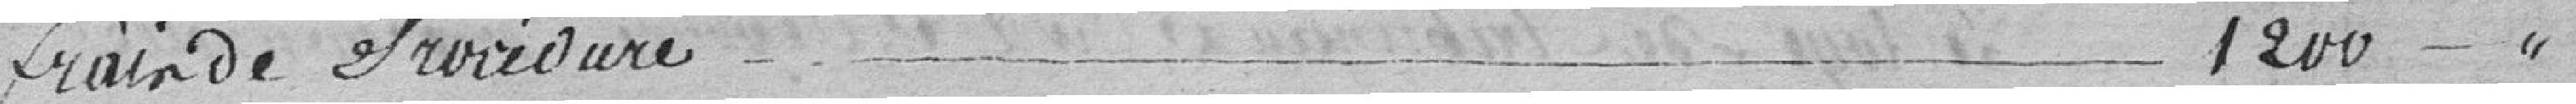
frais de procédure 1200